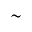
\sim